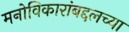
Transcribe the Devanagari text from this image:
मनोविकारांबद्दलच्या